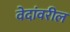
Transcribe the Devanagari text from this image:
वेदांवरील